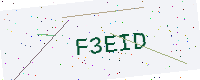
Text: F3EID